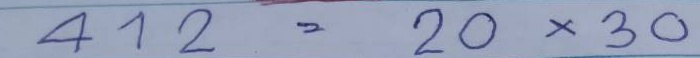
412 = 20 x 30